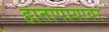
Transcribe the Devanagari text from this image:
हातापायावर